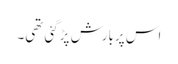
اس پربارش پڑگئی تھی۔